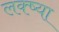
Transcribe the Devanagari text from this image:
लक्ष्‍या